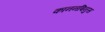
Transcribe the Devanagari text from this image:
काननबिनुस